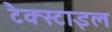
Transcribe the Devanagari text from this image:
टैक्स्टाइल